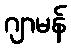
ဂျာမန်